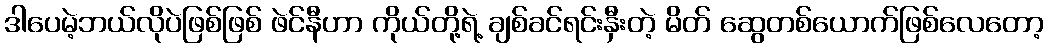
ဒါပေမဲ့ဘယ်လိုပဲဖြစ်ဖြစ် ဖဲင်နီဟာ ကိုယ်တို့ရဲ့ ချစ်ခင်ရင်းနှီးတဲ့ မိတ် ဆွေတစ်ယောက်ဖြစ်လေတော့